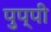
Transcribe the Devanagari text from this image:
पुप्पी